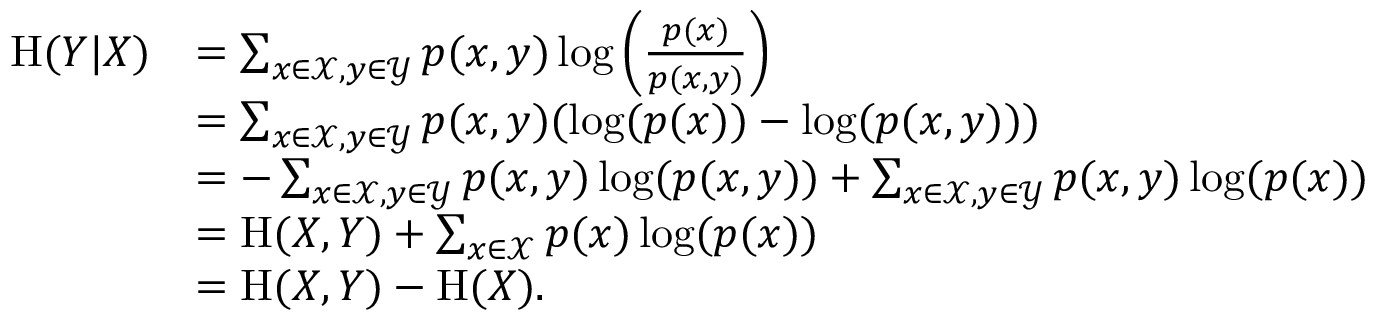
{ \begin{array} { r l } { \mathrm { H } ( Y | X ) } & { = \sum _ { x \in { \mathcal { X } } , y \in { \mathcal { Y } } } p ( x , y ) \log \left( { \frac { p ( x ) } { p ( x , y ) } } \right) } \\ & { = \sum _ { x \in { \mathcal { X } } , y \in { \mathcal { Y } } } p ( x , y ) ( \log ( p ( x ) ) - \log ( p ( x , y ) ) ) } \\ & { = - \sum _ { x \in { \mathcal { X } } , y \in { \mathcal { Y } } } p ( x , y ) \log ( p ( x , y ) ) + \sum _ { x \in { \mathcal { X } } , y \in { \mathcal { Y } } } { p ( x , y ) \log ( p ( x ) ) } } \\ & { = \mathrm { H } ( X , Y ) + \sum _ { x \in { \mathcal { X } } } p ( x ) \log ( p ( x ) ) } \\ & { = \mathrm { H } ( X , Y ) - \mathrm { H } ( X ) . } \end{array} }